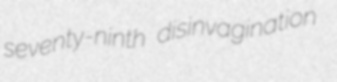
seventy-ninth disinvagination